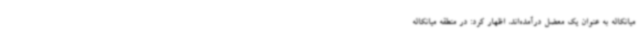
میانکاله به عنوان یک معضل درآمده‌اند، اظهار کرد: در منطقه میانکاله